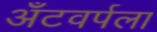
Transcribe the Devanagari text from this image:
अँटवर्पला